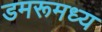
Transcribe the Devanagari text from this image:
डमरूमध्य